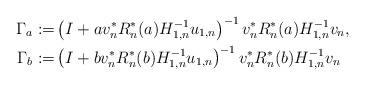
LaTeX: \begin{align*} \Gamma_a:=& \left(I+a v_n^* R_n^*(a)H_{1,n}^{-1}u_{1,n} \right)^{-1} v_n^* R_n^*(a)H_{1,n}^{-1} v_n,\\ \Gamma_b:=& \left(I+b v_n^* R_n^*(b)H_{1,n}^{-1}u_{1,n} \right)^{-1} v_n^* R_n^*(b)H_{1,n}^{-1} v_n \end{align*}